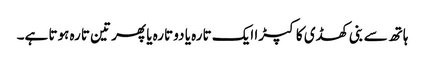
ہاتھ سے بنی کھڈی کا کپڑا ایک تارہ یا دو تارہ یا پھر تین تارہ ہوتا ہے۔